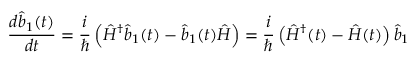
\frac { d \hat { b } _ { 1 } ( t ) } { d t } = \frac { i } { \hslash } \left( \hat { H } ^ { \dagger } \hat { b } _ { 1 } ( t ) - \hat { b } _ { 1 } ( t ) \hat { H } \right) = \frac { i } { \hslash } \left( \hat { H } ^ { \dagger } ( t ) - \hat { H } ( t ) \right) \hat { b } _ { 1 }